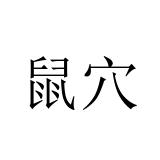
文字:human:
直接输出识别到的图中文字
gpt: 鼠穴